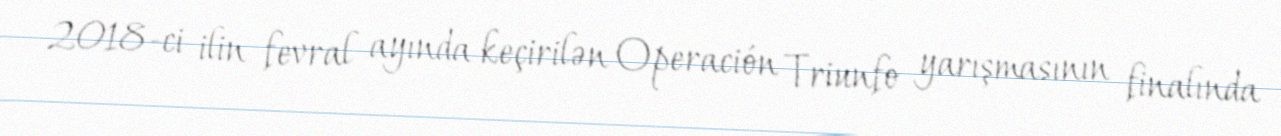
2018-ci ilin fevral ayında keçirilən Operación Triunfo yarışmasının finalında